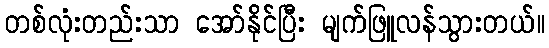
တစ်လုံးတည်းသာ အော်နိုင်ပြီး မျက်ဖြူလန်သွားတယ်။